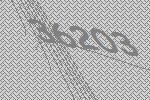
36203